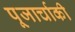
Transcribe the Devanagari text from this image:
पूजार्चाकी